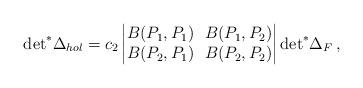
LaTeX: \begin{align*} {\rm det}^*\Delta_{hol}=c_2\left| \begin{matrix} B(P_1, P_1) \ \ B(P_1, P_2)\\ B(P_2, P_1) \ \ B(P_2, P_2) \end{matrix} \right|{\rm det}^*\Delta_F\,,\end{align*}